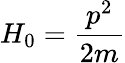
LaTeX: H_{0}={\frac{p^{2}}{2m}}